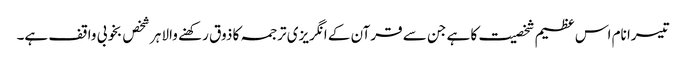
تیسرا نام اس عظیم شخصیت کا ہے جن سے قرآن کے انگریزی ترجمہ کا ذوق رکھنے والا ہر شخص بخوبی واقف ہے۔